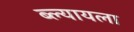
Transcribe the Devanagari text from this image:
ब्ल्यायला